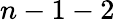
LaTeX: n-1-2